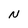
Character: N